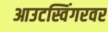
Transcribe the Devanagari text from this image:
आउटस्विंगरवर